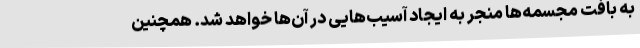
به بافت مجسمه‌ها منجر به ایجاد آسیب‌هایی در آن‌ها خواهد شد. همچنین